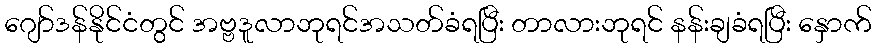
ဂျော်ဒန်နိုင်ငံတွင် အဗ္ဗဒူလာဘုရင်အသတ်ခံရပြီး တာလားဘုရင် နန်းချခံရပြီး နှောက်